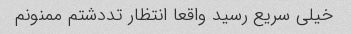
خیلی سریع رسید واقعا انتظار تددشتم ممنونم